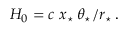
H _ { 0 } = c \, \, x _ { \star } \, \theta _ { \star } / r _ { \star } \, .